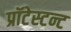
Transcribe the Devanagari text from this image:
प्रॉटेस्टन्ट